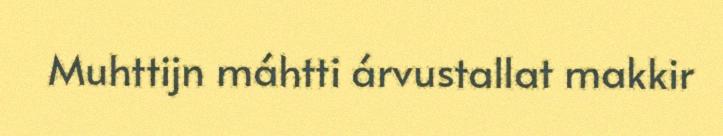
Muhttijn máhtti árvustallat makkir